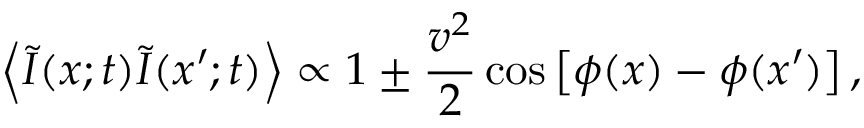
\left\langle \tilde { I } ( x ; t ) \tilde { I } ( x \prime ; t ) \right\rangle \propto 1 \pm \frac { v ^ { 2 } } { 2 } \cos \left[ \phi ( x ) - \phi ( x \prime ) \right] ,